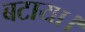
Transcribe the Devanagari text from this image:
बटाया।